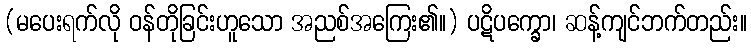
(မပေးရက်လို ဝန်တိုခြင်းဟူသော အညစ်အကြေး၏။) ပဋိပက္ခော၊ ဆန့်ကျင်ဘက်တည်း။